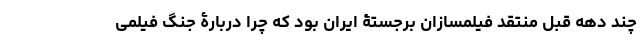
چند دهه قبل منتقد فیلمسازان برجستۀ ایران بود که چرا دربارۀ جنگ فیلمی